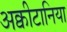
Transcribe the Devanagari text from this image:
अक्वीटानिया